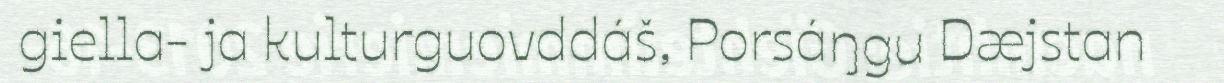
giella- ja kulturguovddáš, Porsáŋgu Dæjstan